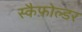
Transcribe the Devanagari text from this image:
स्कैफ़ोल्डर